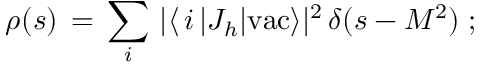
\rho ( s ) \, = \, \sum _ { i } \, | \langle \, i \, | J _ { h } | \mathrm { v a c } \rangle | ^ { 2 } \, \delta ( s - M ^ { 2 } ) \; ;